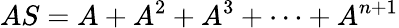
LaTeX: AS=A+A^{2}+A^{3}+\cdots+A^{n+1}